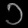
Digit: ၁